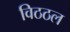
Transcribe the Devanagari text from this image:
विठठल